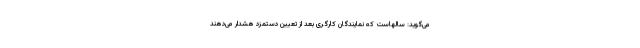
می‌گوید: سالهاست که نمایندگان کارگری بعد از تعیین دستمزد هشدار می‌دهند